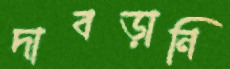
দাবড়ানি